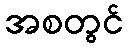
အစတွင်